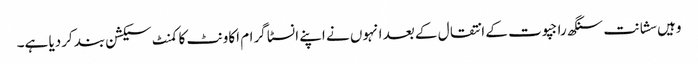
وہیں سشانت سنگھ راجپوت کے انتقال کے بعد انہوں نے اپنے انسٹا گرام اکاونٹ کا کمنٹ سیکشن بند کردیا ہے۔